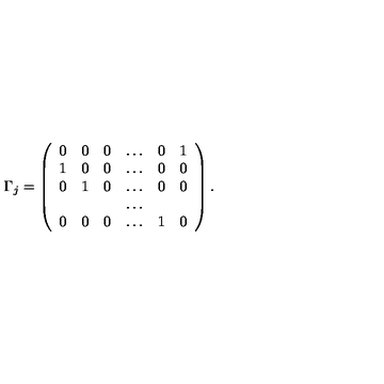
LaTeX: \Gamma _ { j } = \left( \begin{array} { c c c c c c } { 0 } & { 0 } & { 0 } & { \ldots } & { 0 } & { 1 } \\ { 1 } & { 0 } & { 0 } & { \ldots } & { 0 } & { 0 } \\ { 0 } & { 1 } & { 0 } & { \ldots } & { 0 } & { 0 } \\ { } & { } & { } & { \ldots } & { } & { } \\ { 0 } & { 0 } & { 0 } & { \ldots } & { 1 } & { 0 } \\ \end{array} \right) .